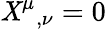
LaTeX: {\mathit{X}^{\mu}}_{,\nu}=0